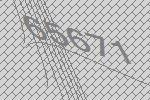
65671